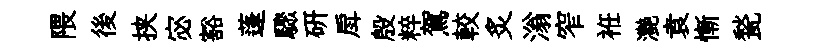
隈後挟宓豁蓬驟研戽殷粹駕較炙滃窄袵灔袁慚甃